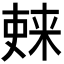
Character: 𫣚